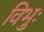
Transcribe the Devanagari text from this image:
विभुः